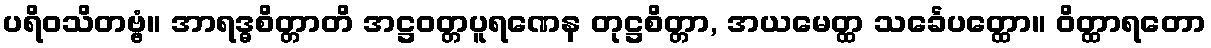
ပရိဝသိတဗ္ဗံ။ အာရဒ္ဓစိတ္တာတိ အဋ္ဌဝတ္တပူရဏေန တုဋ္ဌစိတ္တာ, အယမေတ္ထ သင်္ခေပတ္ထော။ ဝိတ္ထာရတော